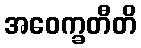
အဝေက္ခတီတိ